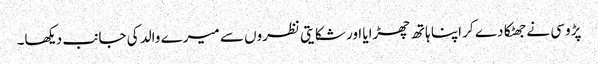
پڑوسی نے جھٹکا دے کر اپنا ہاتھ چھڑایا اور شکایتی نظروں سے میرے والد کی جانب دیکھا۔